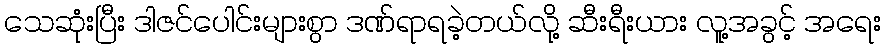
သေဆုံးပြီး ဒါဇင်ပေါင်းများစွာ ဒဏ်ရာရခဲ့တယ်လို့ ဆီးရီးယား လူ့အခွင့် အရေး